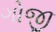
ગોજી